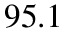
9 5 . 1